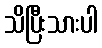
သိပြီးသားပါ